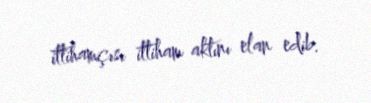
ittihamçısı ittiham aktını elan edib.